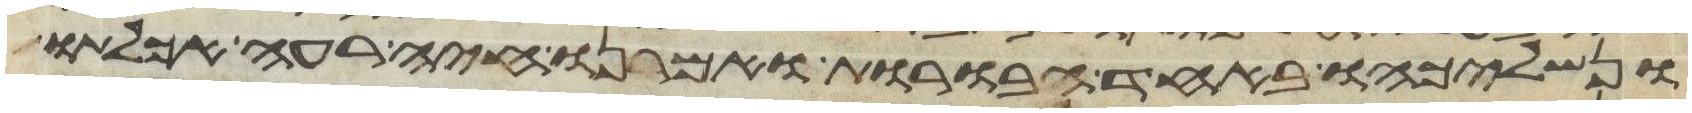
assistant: ונשליכהו באחד הבורות ואמרנו חיה רעה אכלתו